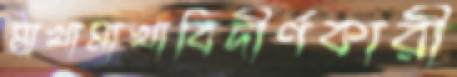
মাখামাখাবিদীর্ণকারী